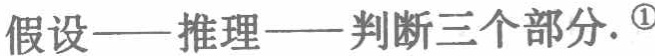
假设——推理——判断三个部分. \textcircled{1}